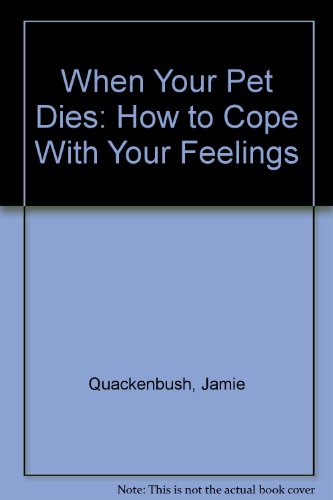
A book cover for When Your Pet Dies: How to Cope With Your Feelings; Jamie Quackenbush; Self-Help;